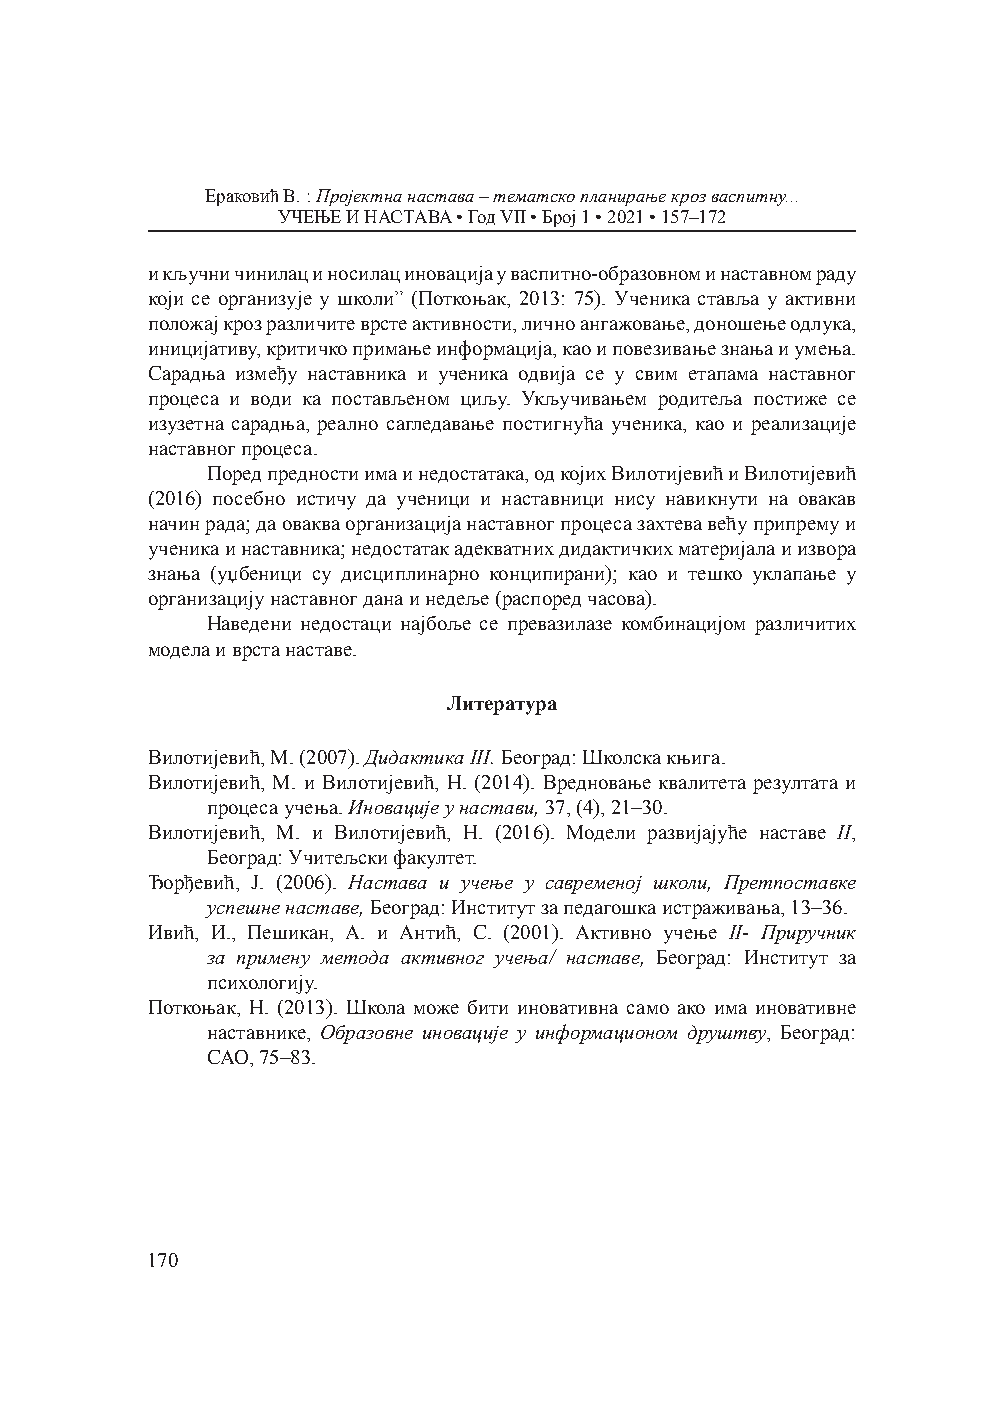
Ераковић В. : Пројектна настава – тематско планирање кроз васпитну...
 УЧЕЊЕ И НАСТАВА • Год VII • Број 1 • 2021 • 157–172
 и кључни чинилац и носилац иновација у васпитно-образовном и наставном раду
 који се организује у школи” (Поткоњак, 2013: 75). Ученика ставља у активни
 положај кроз различите врсте активности, лично ангажовање, доношење одлука,
 иницијативу, критичко примање информација, као и повезивање знања и умења.
 Сарадња између наставника и ученика одвија се у свим етапама наставног
 процеса и води ка постављеном циљу. Укључивањем родитеља постиже се
 изузетна сарадња, реално сагледавање постигнућа ученика, као и реализације
 наставног процеса.
 Поред предности има и недостатака, од којих Вилотијевић и Вилотијевић
 (2016) посебно истичу да ученици и наставници нису навикнути на овакав
 начин рада; да оваква организација наставног процеса захтева већу припрему и
 ученика и наставника; недостатак адекватних дидактичких материјала и извора
 знања (уџбеници су дисциплинарно конципирани); као и тешко уклапање у
 организацију наставног дана и недеље (распоред часова).
 Наведени недостаци најбоље се превазилазе комбинацијом различитих
 модела и врста наставе.
 Литература
 Вилотијевић, М. (2007). Дидактика III. Београд: Школска књига.
 Вилотијевић, М. и Вилотијевић, Н. (2014). Вредновање квалитета резултата и
 процеса учења. Иновације у настави, 37, (4), 21–30.
 Вилотијевић, М. и Вилотијевић, Н. (2016). Модели развијајуће наставе II,
 Београд: Учитељски факултет.
 Ђорђевић, Ј. (2006). Настава и учење у савременој школи, Претпоставке
 успешне наставе, Београд: Институт за педагошка истраживања, 13–36.
 Ивић, И., Пешикан, А. и Антић, С. (2001). Активно учење II- Приручник
 за примену метода активног учења/ наставе, Београд: Институт за
 психологију.
 Поткоњак, Н. (2013). Школа може бити иновативна само ако има иновативне
 наставнике, Образовне иновације у информационом друштву, Београд:
 САО, 75–83.
 170